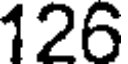
126